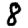
Digit: 8